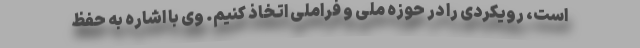
است، رویکردی را در حوزه ملی و فراملی اتخاذ کنیم. وی با اشاره به حفظ